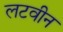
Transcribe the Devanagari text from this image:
लटवीन